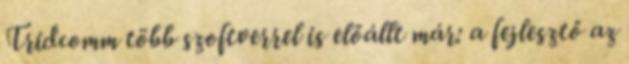
Tridcomm több szoftverrel is előállt már: a fejlesztő az